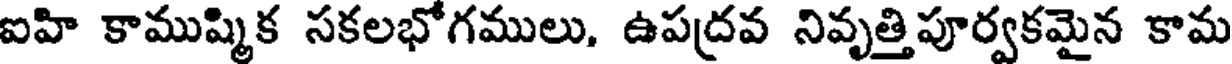
ఐహి కాముష్మిక సకలభోగములు, ఉపద్రవ నివృత్తిపూర్వకమైన కామ